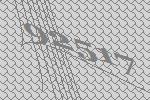
92517